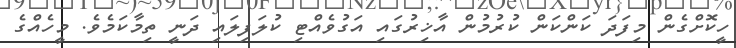
ހީކޮށްގެން މިފަދަ ކަންކަން ކުރުމުން އާޚިރުގައި އަގުވެއްޓި ކުލަފިލައި ދަނީ ތިމާކަމެވެ. މީހެއްގެ